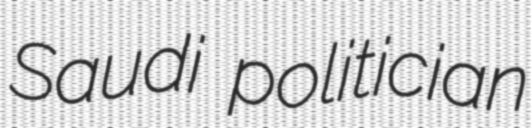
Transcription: Saudi politician